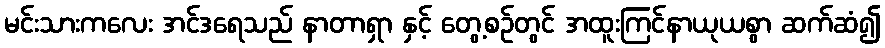
မင်းသားကလေး အင်ဒရေသည် နာတာရှာ နှင့် တွေ့စဉ်တွင် အထူးကြင်နာယုယစွာ ဆက်ဆံ၍